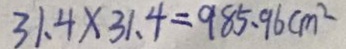
3 1 . 4 \times 3 1 . 4 = 9 8 5 . 9 6 c m ^ { 2 }